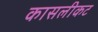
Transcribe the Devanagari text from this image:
कासलीकट